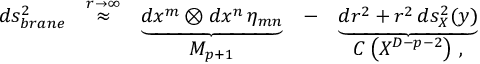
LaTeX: \begin{array} { c c c c c } { { d s _ { b r a n e } ^ { 2 } } } & { { \stackrel { r \to \infty } { \approx } } } & { { \underbrace { d x ^ { m } \otimes d x ^ { n } \, \eta _ { m n } } } } & { { - } } & { { \underbrace { d r ^ { 2 } + r ^ { 2 } \, d s _ { X } ^ { 2 } ( y ) } } } \\ { { \null } } & { { \null } } & { { M _ { p + 1 } } } & { { \null } } & { { C \left( X ^ { D - p - 2 } \right) \, , } } \end{array}